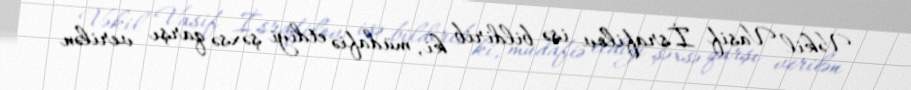
Vəkil Vasif İsrafilov isə bildirib ki, müdafiə etdiyi şəxsə qarşı verilən